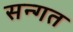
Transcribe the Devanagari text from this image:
सन्गत